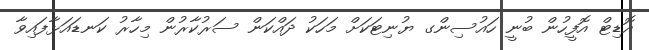
އޮޑިޓް އޮފީހުން ބުނީ ހައުސިންގ ޔުނިޓަކަށް މަހަކު ދައްކަން ސަރުކާރުން މިހާރު ކަނޑައަޅާފައިވާ